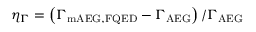
\eta _ { \Gamma } = \left( \Gamma _ { \mathrm { m A E G , F Q E D } } - \Gamma _ { \mathrm { A E G } } \right) / \Gamma _ { \mathrm { A E G } }